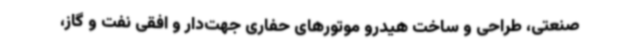
صنعتی، طراحی و ساخت هیدرو موتورهای حفاری جهت‌دار و افقی نفت و گاز،